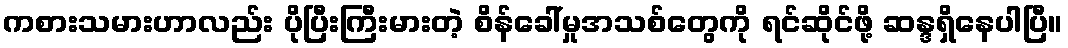
ကစားသမားဟာလည်း ပိုပြီးကြီးမားတဲ့ စိန်ခေါ်မှုအသစ်တွေကို ရင်ဆိုင်ဖို့ ဆန္ဒရှိနေပါပြီ။